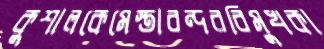
কুশালকেমেস্তাবন্দরবিমুখকা